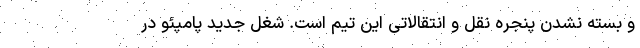
و بسته نشدن پنجره نقل و انتقالاتی این تیم است. شغل جدید پامپئو در